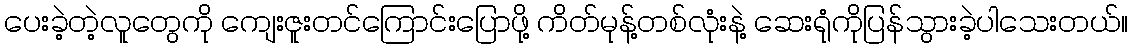
ပေးခဲ့တဲ့လူတွေကို ကျေးဇူးတင်ကြောင်းပြောဖို့ ကိတ်မုန့်တစ်လုံးနဲ့ ဆေးရုံကိုပြန်သွားခဲ့ပါသေးတယ်။